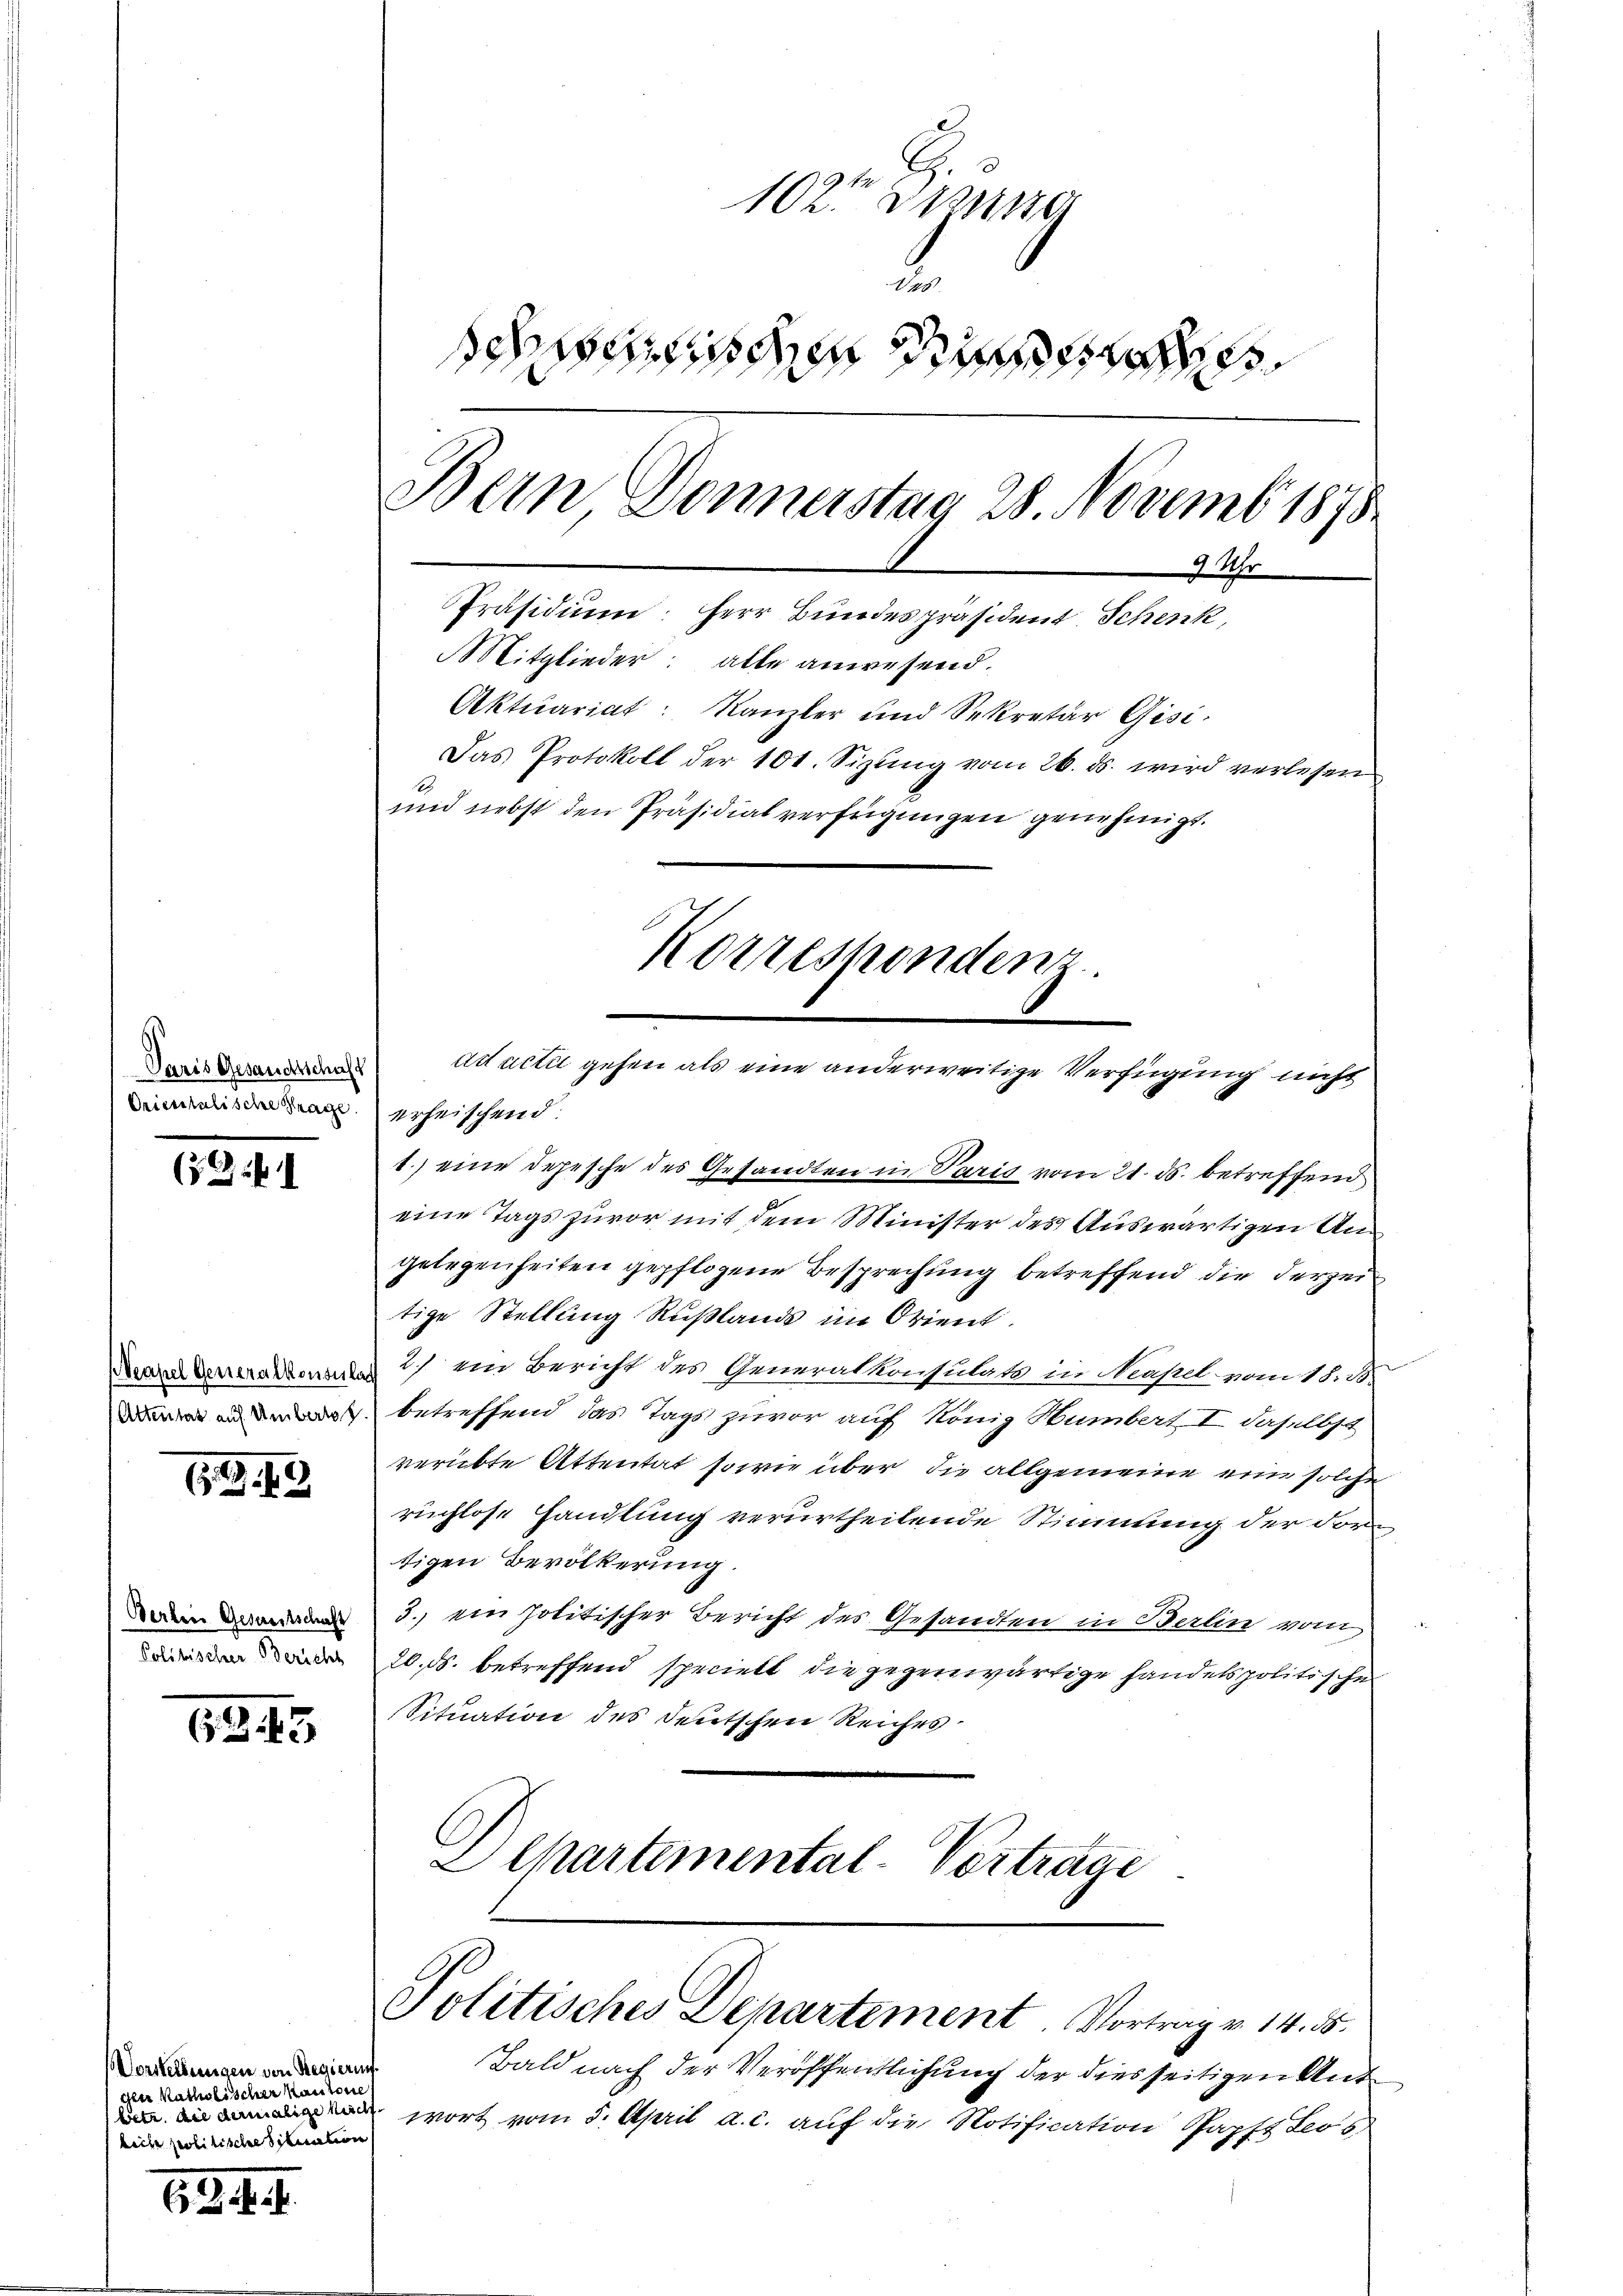
Paris Gesandtschaft
Deimmlischen an schnischend.

(§.G. 1

72. 19

Berben Geswortschaft
Cetterten Berichte

B 45

Vorstellungen von Regierun
gen Katholischer Kantone
betr. die dermalige Nicht
bech politische Situation

63. 4. I.

102. Die
2
scheiden das
Bern Donnerstag 28. Novemb. 1878
9 Uhr
Präsidium: Herr Bundespräsident Schenk,
Mitglieder: alle anwesend.
Aktuariat: Kanzler und Sekretär Gisi-
Das Protokoll der 101. Sizung vom 26. ds. wird verlesen
und nebst den Präsidialverfügungen genehmigt.
Korrespondenz

ad acti gehen als eine anderweitige Verfügung nicht

1.) eine Depesche des Gesandten in Paris vom 21. ds. betreffend
eine Tags zuvor mit dem Minister des Auswärtigen Ungelegenheiten gepflogene Besprechung betreffend die derzei
tige Stellung Rußlands im Orient.
Dammann 1) ein Bericht des Generalkonsulats in Neapel vom 18. B.
 betreffend das Tags zuvor auf König Humbert I. daselbst
verübte Attentat sowie über die allgemeine eine solche
ruchlose Handlung verurtheilende Stimmung der dortigen Bevölkerung.
3.) ein politischer Bericht des Gesandten in Berlin vom
20. ds. betreffend specielt die gegenwärtige handelspolitische
Situation des deutschen Reiches
L Chartemental-Vortrage

Politisches Departement Vortrag v. 14. ds.

Bald nach der Veröffentlichung der diesseitigen Ant
wort vom 5. April a. c. auf die Notification Papst Leo s